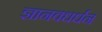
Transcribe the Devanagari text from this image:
ज्ञानवधर्धन